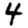
Digit: 4